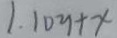
1 . 1 0 y + x